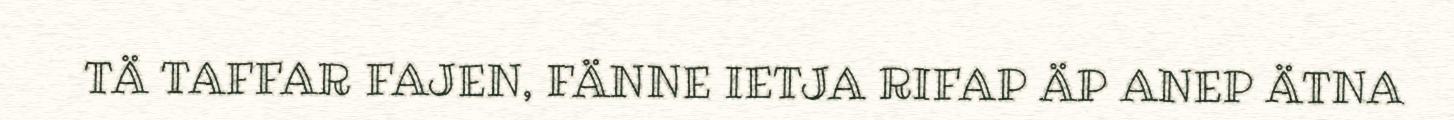
TÄ TAFFAR FAJEN, FÄNNE IETJA RIFAP ÄP ANEP ÄTNA